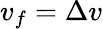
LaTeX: v_{f}=\Delta v